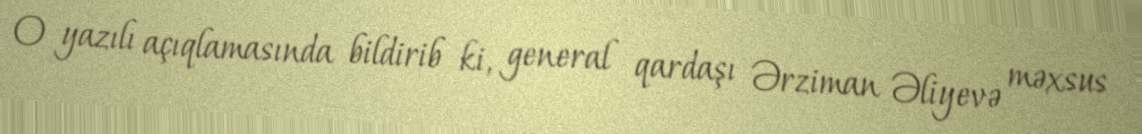
O yazılı açıqlamasında bildirib ki, general qardaşı Ərziman Əliyevə məxsus